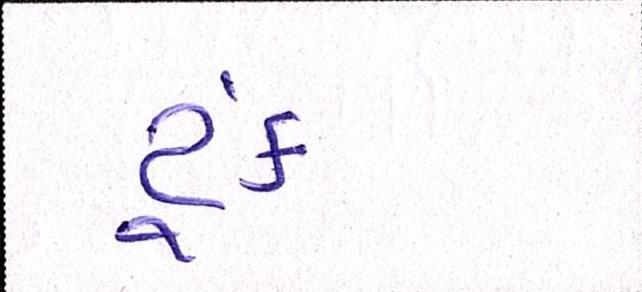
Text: ટૂંક